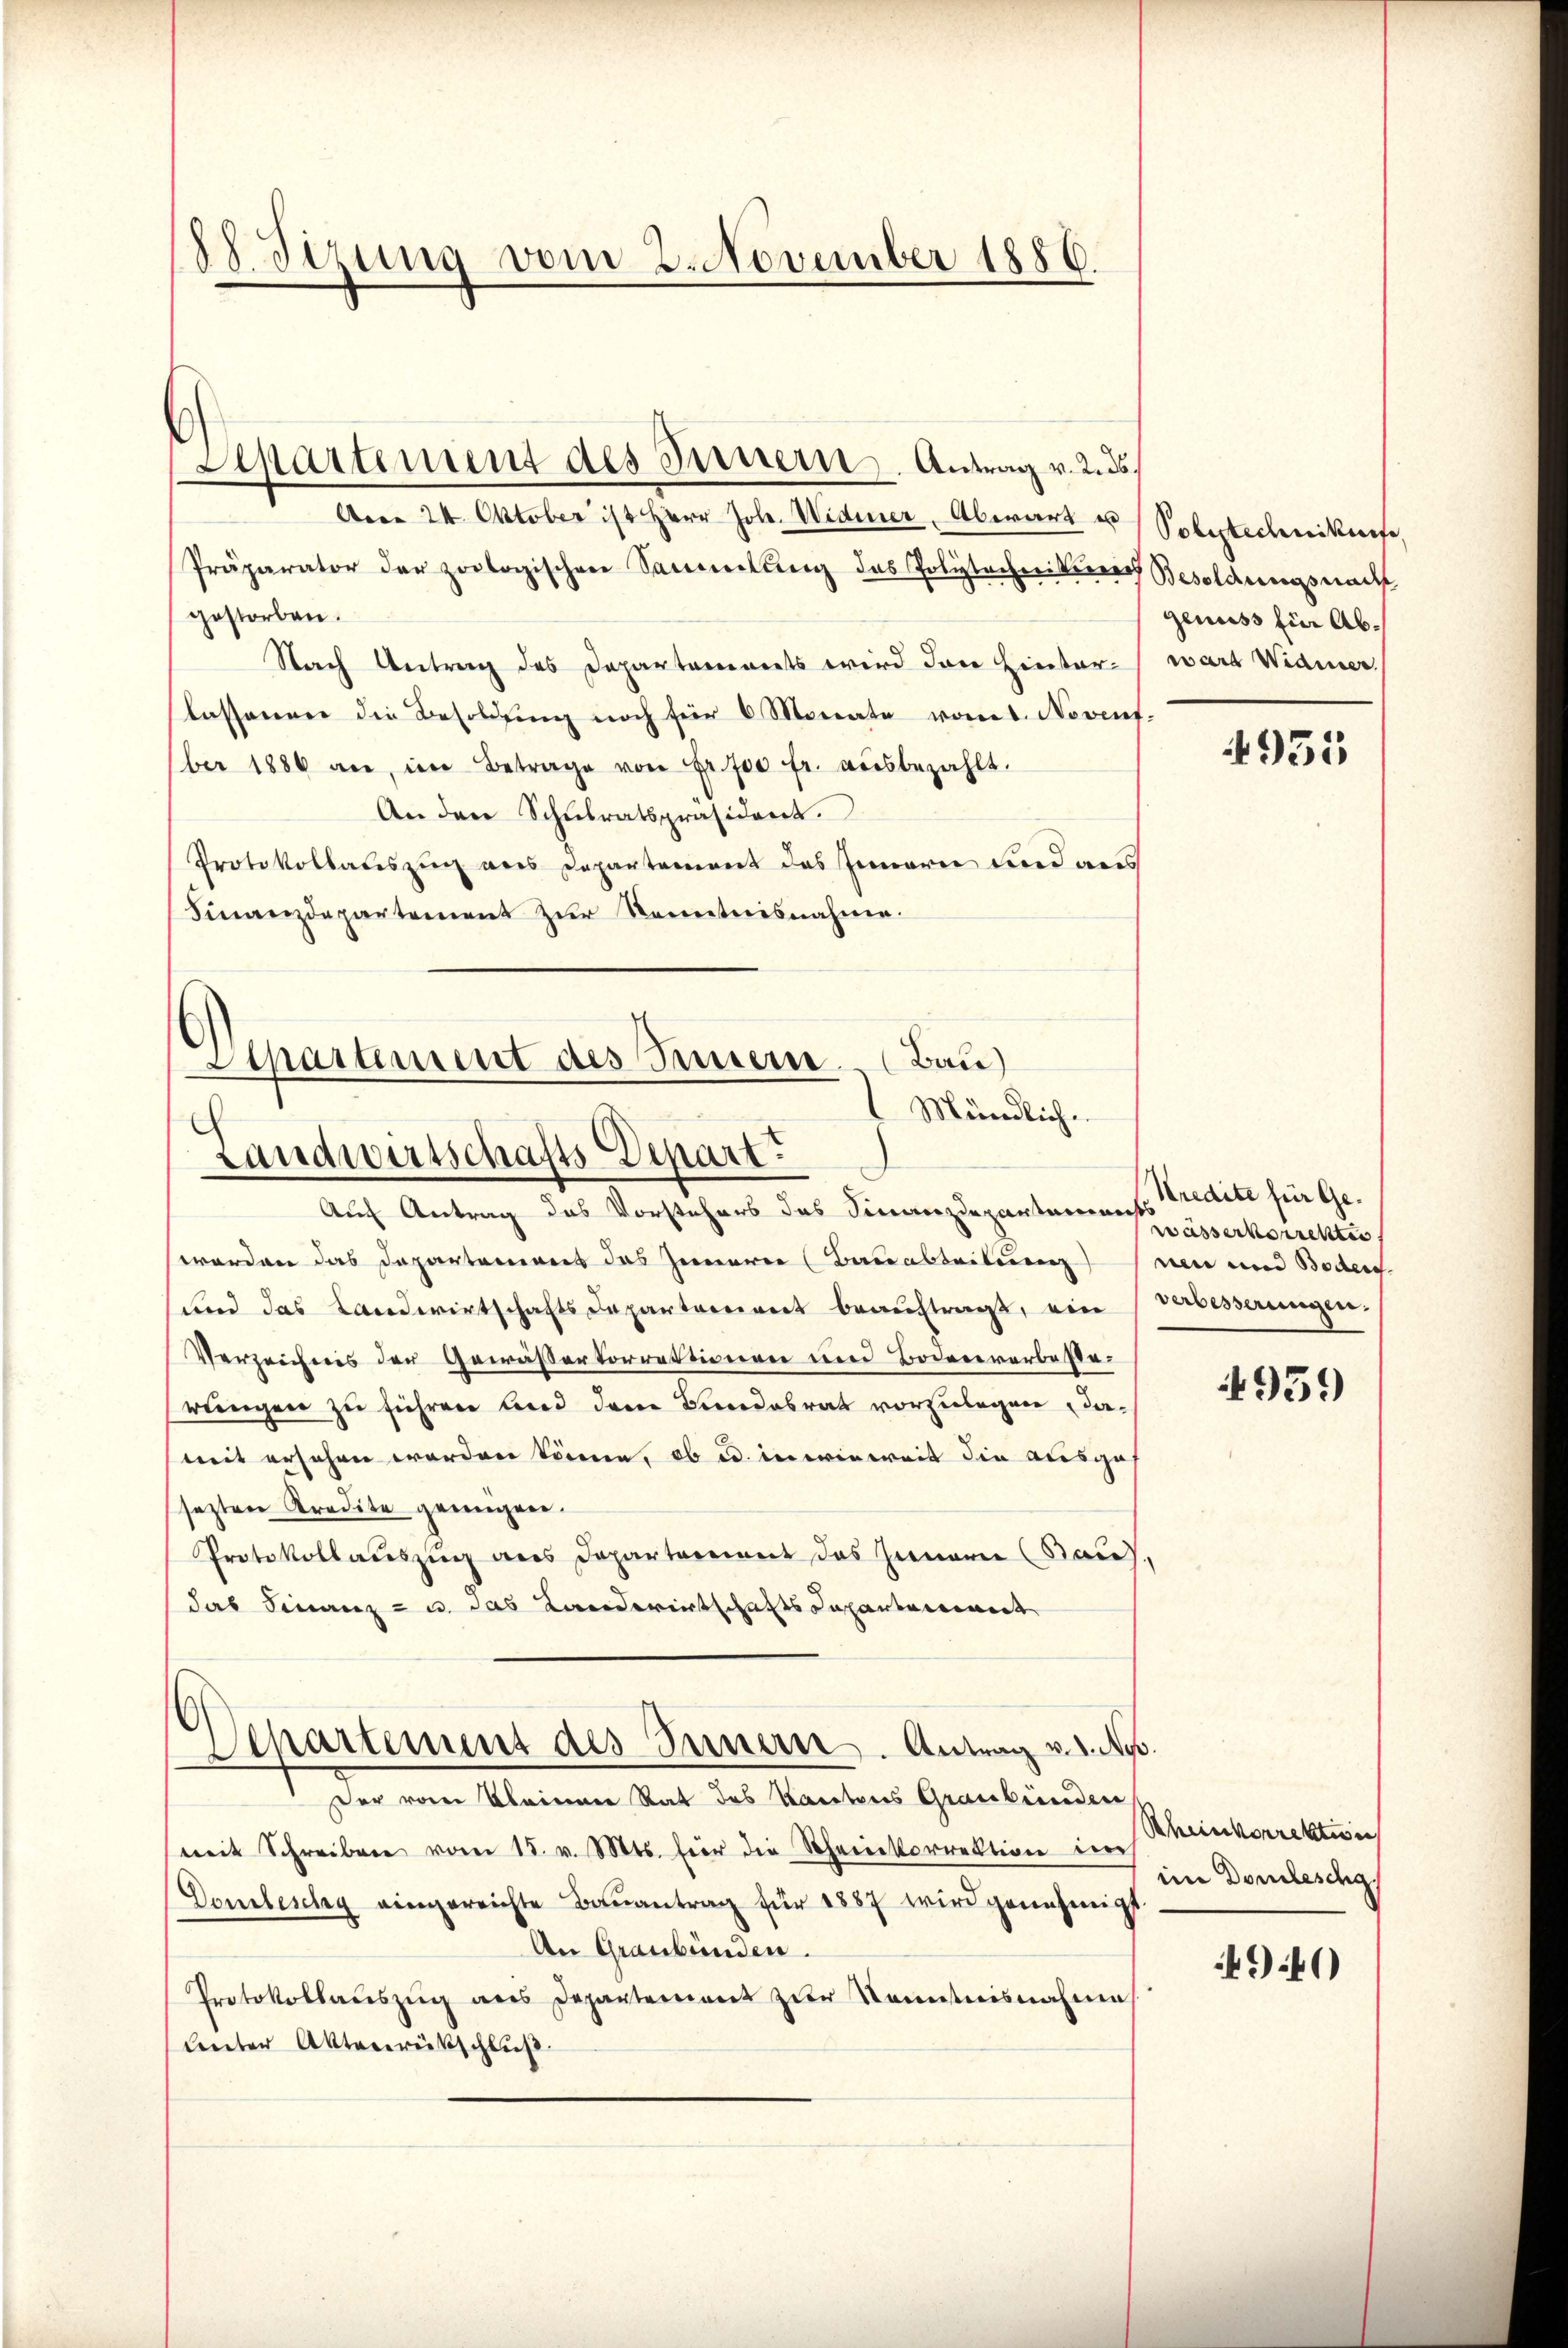
88. Sirung vom 2. November 1886.

Arca 24. Oktober ist Herr Joh. Widerer Abwart u Polytechnikerfe,
Präparator der zoologischen Sammlung das Polytechnikern Besoldungsnach
gestorben.
Nach Antrag des Departements wird den Hinterlassenen die Besoldŭng noch für 6 Monate vonet. Novenf-
ber 1886 an, im Betrage von Fr. 700 fr. aŭsbezahlt.
An den Schulratspräsident.
Protokollateszug aus Departement das Innern und aus
Finanzdepartement zur Kenntnisnahme.

Separtement des Innern. Antrag v. 2. ds.

Departement des Innern.
Darle)
Mündliche
Landwirtschafts Depart.

Auch Antrag des Vorstehers des Finanzdepartarisierkorrekten
worden das Departamens das Inneren (Bauabteilung sein und Boden.
und das Landwirtschafts Departorient beaŭftragt, ein Verbesserungen.
Verzeichnis der Gewäßerkorrektionen und Bodenererbesterungen zu führen und dem Bundesrat vorzulegen damit ersehen worden könne, ob u. in einweit die Ausga
sezten Kredite genügen.
Protokollauszug aus Departement das Germann (Bau),
das Finanz- u. das Landerentschafts Capartement
Departement des Innern. Antrag v. 3. No.
Der vom Kleiner Rat des Kantons Graubünden
mit Schreiben vom 15. v. Mts. hier die Scheinkorrektion der
Domiteschy eingereichte Bauantrag für 1887 wird genehmigt
An Graubünden.
Protokollauszug aus Departement zur Kenntnisnahmen
lereter Aktenrückschluß.

genuss für Abward Widmer

4935

Kredite für Ge¬

4959

Rheinkorrektion
im Domiteschg

494)